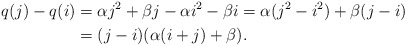
\begin{align*}q (j) - q (i) &= \alpha j^2 + \beta j - \alpha i^2 - \beta i = \alpha (j^2 - i^2) + \beta (j - i) \\&= (j - i)(\alpha(i + j) + \beta).\end{align*}